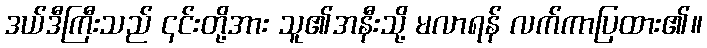
ဒယ်ဒီကြီးသည် ၎င်းတို့အား သူ၏အနီးသို့ မလာရန် လက်ကာပြထား၏။